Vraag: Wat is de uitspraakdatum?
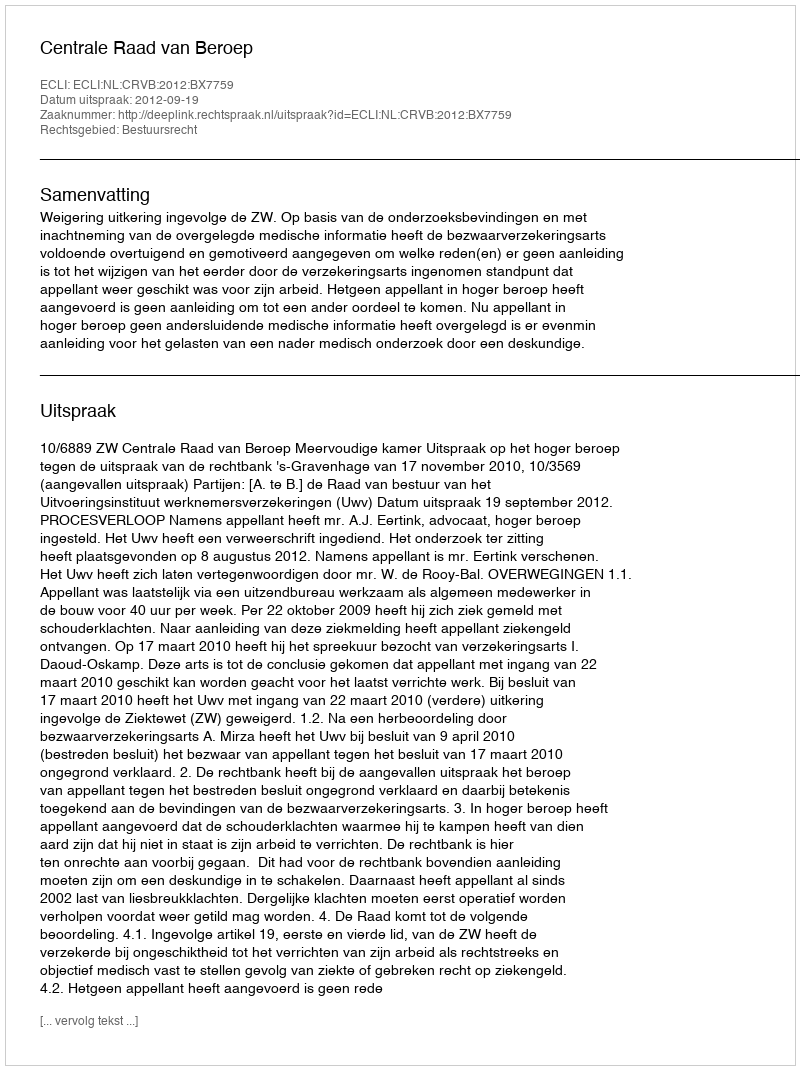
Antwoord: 2012-09-19